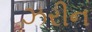
ઝરીન